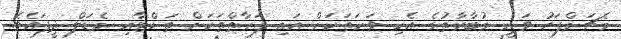
މެޗަށްފަހު ވަނީ މުބާރާތުގެ އެކި ވަނަތަކަށް އައި ފަރާތްތަކަށް ތަށްޓާއި މެޑަލް ދީފައެވެ.